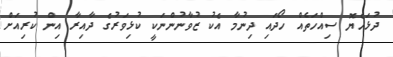
ދުޅަހެޔޮ ސިއްހަތެއް ހޯދައި ދިނުމާ އެކު ޒުވާނުންނަކީ ކުޅިވަރުގެ ދާއިރާ އިން ކުރިއަށް